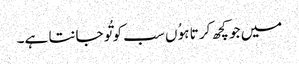
میں جو کچھ کر تا ہوُ ں سب کو تُو جانتا ہے۔